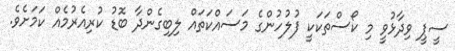
ސީޕީ ވިދާޅުވީ މި ކޯސްތަކަކީ ފުލުހުންގެ މަސައްކަތައް ލިބިގެންދާ ބޮޑު ކުރިއެރުމެއް ކަމަށެވެ.